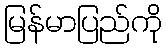
မြန်မာပြည်ကို